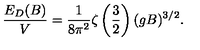
\frac { E _ { D } ( B ) } { V } = \frac { 1 } { 8 \pi ^ { 2 } } \zeta \left( \frac { 3 } { 2 } \right) ( g B ) ^ { 3 / 2 } .